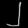
Digit: ၂